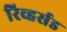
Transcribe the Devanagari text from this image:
रिव्हर्सड